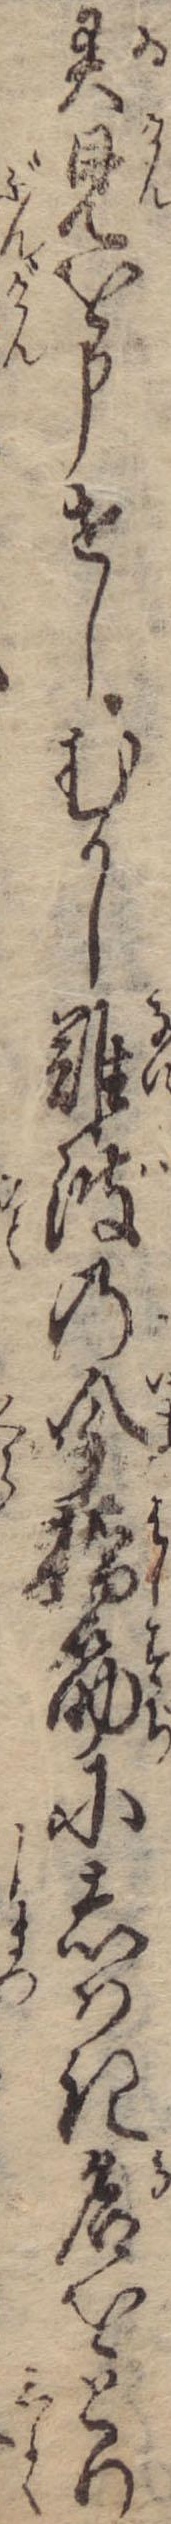
異見を申せしむかし難波の今橋筋にしはき名をとり